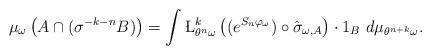
LaTeX: \begin{align*}\mu_\omega\left(A \cap(\sigma^{-k-n}B)\right) =\int\L_{\theta^n\omega}^k\left((e^{S_n\varphi_\omega})\circ\hat\sigma_{\omega, A}\right)\cdot 1_B~d\mu_{\theta^{n+k}\omega}.\end{align*}